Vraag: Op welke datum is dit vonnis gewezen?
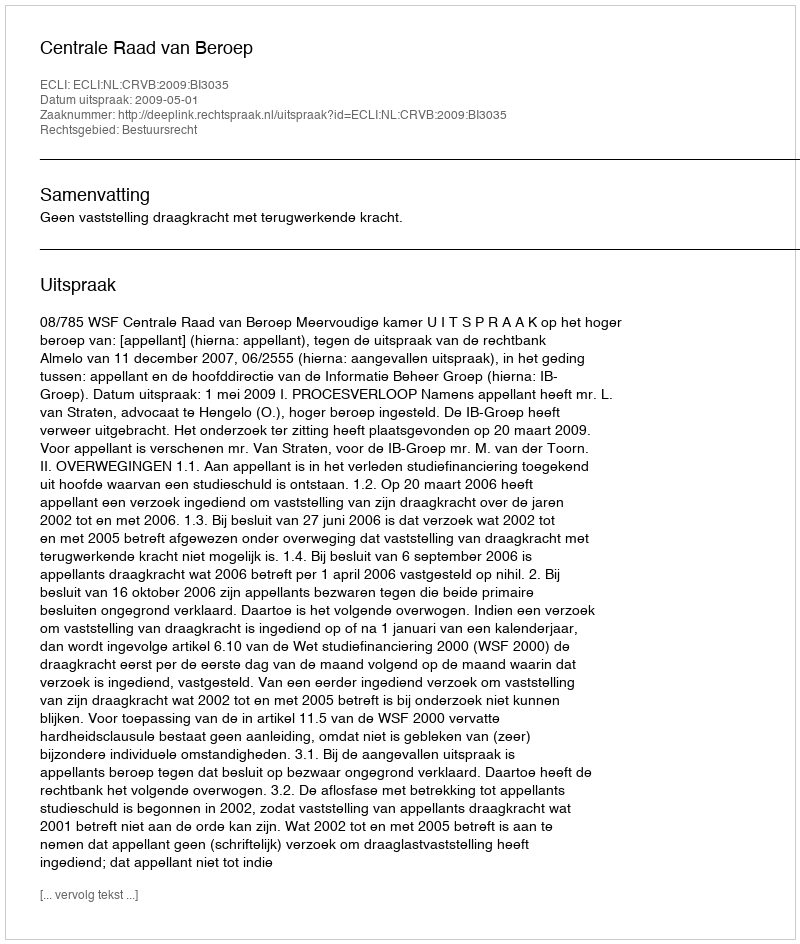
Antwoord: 2009-05-01